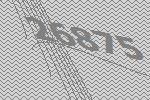
26875